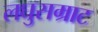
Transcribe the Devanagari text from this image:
लघुसम्राट